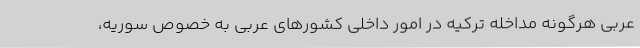
عربی هرگونه مداخله ترکیه در امور داخلی کشورهای عربی به خصوص سوریه،